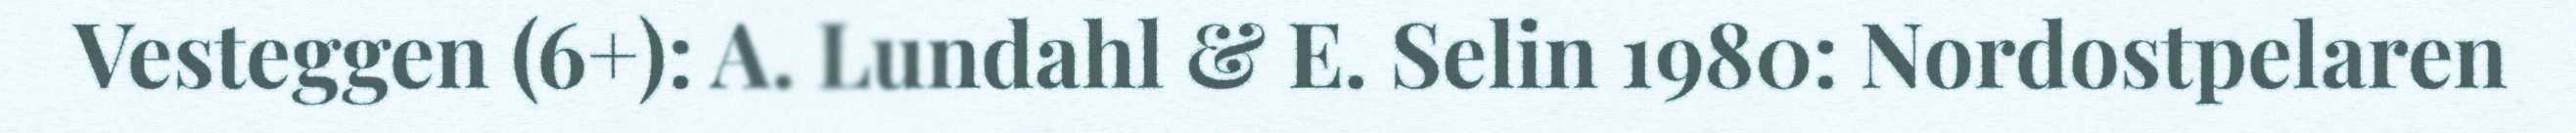
Vesteggen (6+): A. Lundahl & E. Selin 1980: Nordostpelaren